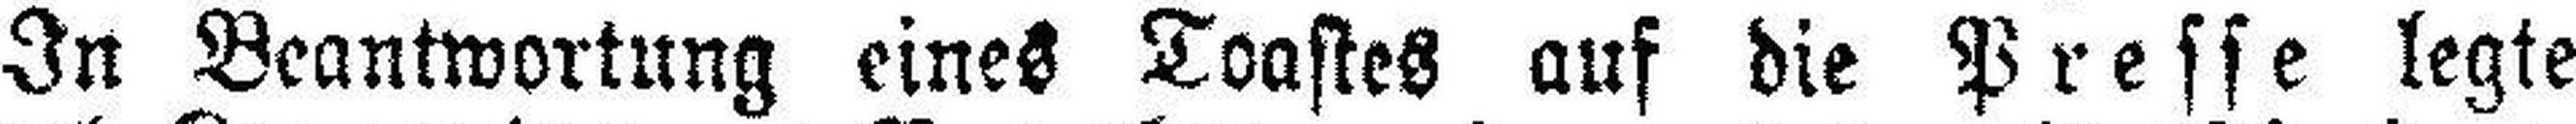
In Beantwortung eines Toastes auf die Presse legte